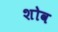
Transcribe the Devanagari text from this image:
शोव